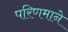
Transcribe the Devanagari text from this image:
परिणमाने